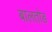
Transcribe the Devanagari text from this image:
बालतोड